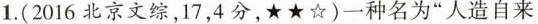
1.(2016北京文综，17，4分，★★☆)一种名为”人造自来